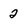
Character: 2